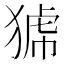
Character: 𤟝